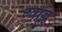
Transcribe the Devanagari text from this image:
ग्वाल्ल